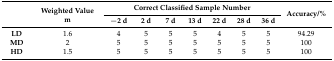
<table><thead><tr><td rowspan="2"></td><td rowspan="2"><b>Weighted Value m</b></td><td colspan="7"><b>Correct Classified Sample Number</b></td><td rowspan="2"><b>Accuracy/%</b></td></tr><tr><td><b>−2 d</b></td><td><b>2 d</b></td><td><b>7 d</b></td><td><b>13 d</b></td><td><b>22 d</b></td><td><b>28 d</b></td><td><b>36 d</b></td></tr></thead><tbody><tr><td><b>LD</b></td><td>1.6</td><td>4</td><td>5</td><td>5</td><td>5</td><td>4</td><td>5</td><td>5</td><td>94.29</td></tr><tr><td><b>MD</b></td><td>2</td><td>5</td><td>5</td><td>5</td><td>5</td><td>5</td><td>5</td><td>5</td><td>100</td></tr><tr><td><b>HD</b></td><td>1.5</td><td>5</td><td>5</td><td>5</td><td>5</td><td>5</td><td>5</td><td>5</td><td>100</td></tr></tbody></table>